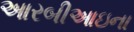
આરબીઆઇના